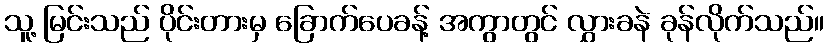
သူ့ မြင်းသည် ပိုင်းတားမှ ခြောက်ပေခန့် အကွာတွင် လွှားခနဲ ခုန်လိုက်သည်။